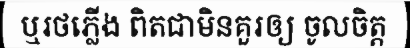
ឬរថភ្លើង ពិតជាមិនគួរឲ្យ ចូលចិត្ត